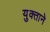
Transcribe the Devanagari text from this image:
युक्ताने